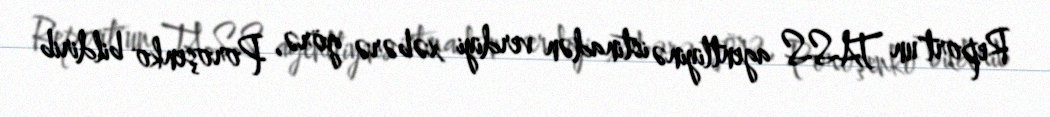
Report"un TASS agentliyinə istinadən verdiyi xəbərə görə, Poroşenko bildirib